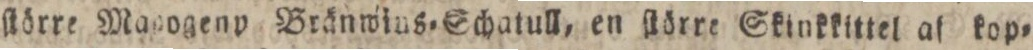
ſtörre Manogenp Bränwins=Schatull, en ſtörre Skinkkittel af kop=